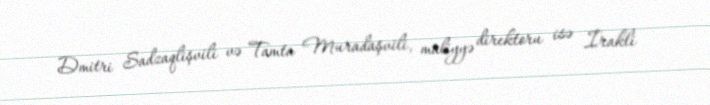
Dmitri Sadzaqlişvili və Tamta Muradaşvili, maliyyə direktoru isə İrakli